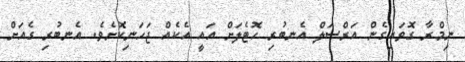
ނިމްރާ ގޮވައިގެން އަރްސަލް އެނބުރި ހޮޓެލަށް އައީ އެކެއް ޖަހަނިކޮށެވެ. އެނބުރި ގެއަށް